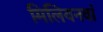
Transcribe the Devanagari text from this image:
मिलियनवां